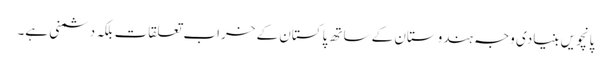
پانچویں بنیادی وجہ ہندوستان کے ساتھ پاکستان کے خراب تعلقات بلکہ دشمنی ہے۔